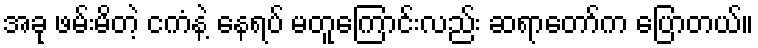
အခု ဖမ်းမိတဲ့ ငကံနဲ့ နေရပ် မတူကြောင်းလည်း ဆရာတော်က ပြောတယ်။